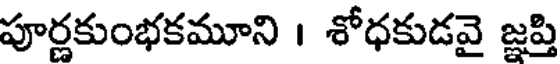
పూర్ణకుంభకమూని । శోధకుడవై జ్ఞప్తి